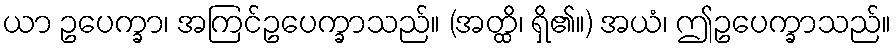
ယာ ဥပေက္ခာ၊ အကြင်ဥပေက္ခာသည်။ (အတ္ထိ၊ ရှိ၏။) အယံ၊ ဤဥပေက္ခာသည်။